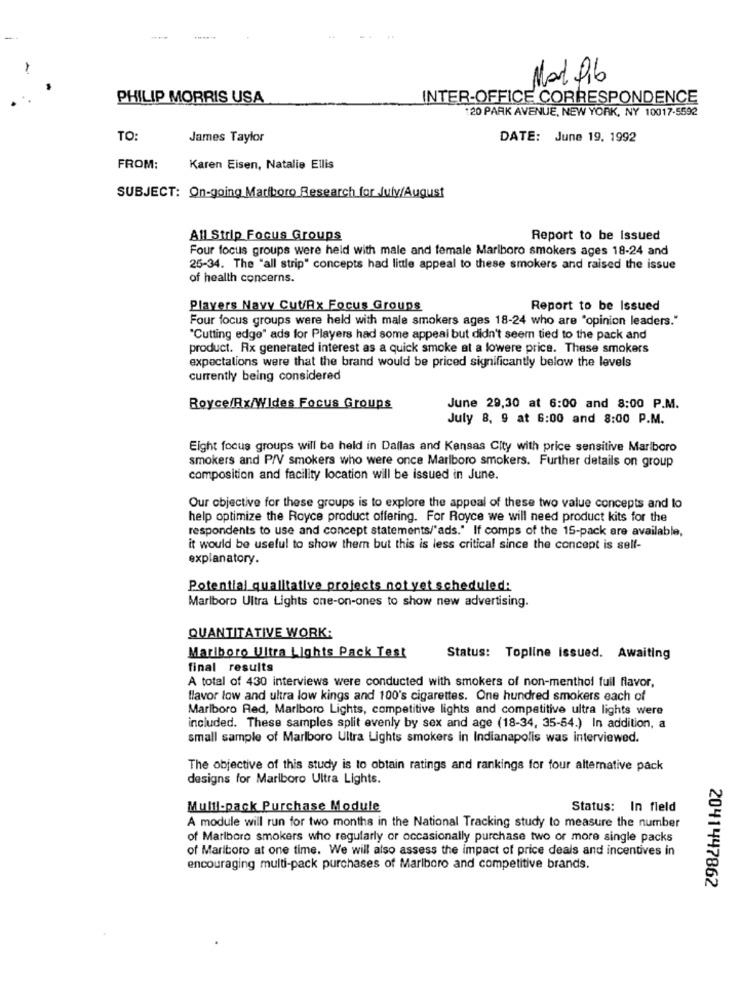
PHILIP MORRIS USA
INTER-OFFICE CORRESPONDENCE
20 PARK AVENUE, NEW YORK, NY 10017-5592
TO
James Taylor
DATE: June 19. 1992
FROM:
Karen Eisen, Natalie Ellis
SUBJECT: On-going Marlboro Research for July/August
All Strip Focus Groups
Report to be Issued
Four focus groups were held with male and female Marlboro smokers ages 18-24 and
25-34. The "all strip" concepts had little appeal to these smokers and raised the issue
of health concerns.
Players Navy Cut/Rx Focus Groups
Report to be Issued
Four focus groups were held with male smokers ages 18-24 who are "opinion leaders."
"Cutting edge" ads for Players had some appeal but didn't seem tied to the pack and
product. Rx generated interest as a quick smoke at a lowere price. These smokers
expectations were that the brand would be priced significantly below the levels
currently being considered
Royce/Rx/Wides Focus Groups
June 29,30 at 6:00 and 8:00 P.M.
July 8, 9 at 6:00 and 8:00 P.M.
Eight focus groups will be held in Dallas and Kansas City with price sensitive Marlboro
smokers and P/V smokers who were once Marlboro smokers. Further details on group
composition and facility location will be issued in June.
Our objective for these groups is to explore the appeal of these two value concepts and lo
help optimize the Royce product offering. For Royce we will need product kits for the
respondents to use and concept statements/"ads." If comps of the 15-pack are available,
it would be useful to show them but this is less critical since the concept is self-
explanatory.
Potential qualitative projects not yet scheduled:
Marlboro Ultra Lights one-on-ones to show new advertising.
QUANTITATIVE WORK:
Marlboro Ultra Lights Pack Test
Status: Topline issued. Awaiting
final results
A total of 430 interviews were conducted with smokers of non-menthol fuil flavor,
flavor low and ultra low kings and 100's cigarettes. One hundred smokers each of
Marlboro Red, Marlboro Lights, competitive lights and competitive ultra lights were
included. These samples split evenly by sex and age (18-34, 35-54.) In addition, a
small sample of Marlboro Ultra Lights smokers in Indianapolis was interviewed.
The objective of this study is to obtain ratings and rankings for four alternative pack
designs for Marlboro Ultra Lights.
Multi-pack Purchase Module
Status: In field
A module will run for two months in the National Tracking study to measure the number
of Marlboro smokers who regularly or occasionally purchase two or more single packs
of Marlboro at one time. We will also assess the impact of price deals and incentives in
encouraging multi-pack purchases of Marlboro and competitive brands.
2041447862